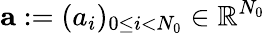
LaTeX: {\mathbf a}:=(a_{i})_{0\le i<N_{0}}\in\mathbb{R}^{N_{0}}